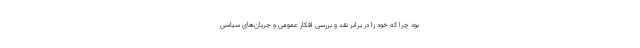
بود چرا که خود را در برابر نقد و بررسی افکار عمومی و جریان‌های سیاسی